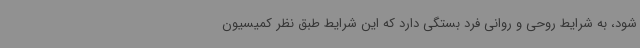
شود، به شرایط روحی و روانی فرد بستگی دارد که این شرایط طبق نظر کمیسیون